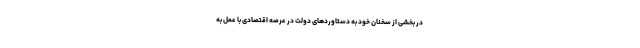
در بخشی از سخنان خود به دستاوردهای دولت در عرصه اقتصادی با عمل به